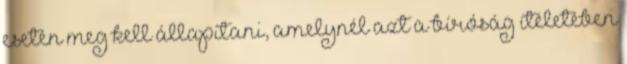
esetén meg kell állapítani, amelynél azt a bíróság ítéletében